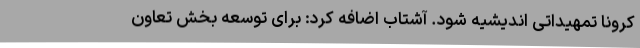
کرونا تمهیداتی اندیشیه شود. آشتاب اضافه کرد: برای توسعه بخش تعاون